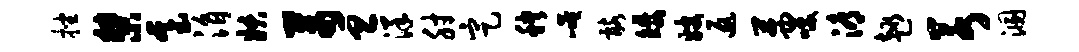
挫桀基涓妖芾旦洋肘定秧崦髂矮嫂返茜笑溽趣若溷